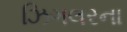
ઝિગલરના